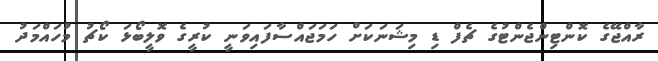
ރާއްޖޭގެ ކޮންޓިންޖެންޓުގެ ޗެފް ޑި މިޝަނަކަށް ހަމަޖައްސާފައިވަނީ ކުރީގެ ވޮލީބޯޅަ ކޯޗު މުހައްމަދު